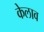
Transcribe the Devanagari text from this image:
केलाव